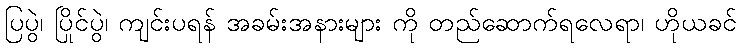
ပြပွဲ၊ ပြိုင်ပွဲ၊ ကျင်းပရန် အခမ်းအနားများ ကို တည်ဆောက်ရလေရာ၊ ဟိုယခင်